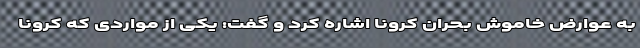
به عوارض خاموش بحران کرونا اشاره کرد و گفت: یکی از مواردی که کرونا